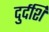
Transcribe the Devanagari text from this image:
दुर्दर्शि